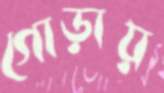
গোড়ায়